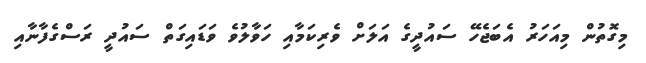
މިގޮތުން މިއަހަރު އެބަޖެހޭ ސައުދީގެ އަލަށް ވެރިކަމާއި ހަވާލުވެ ވަޑައިގަތް ސައުދީ ރަސްގެފާނާއި